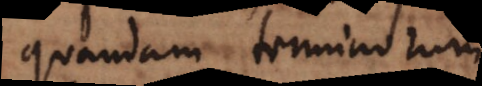
quandam terminorum